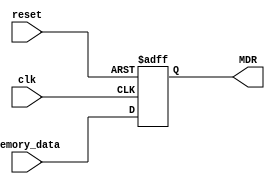
module MemoryDataRegister (
    input wire clk,
    input wire reset,
    input wire [31:0] memory_data,
    output reg [31:0] MDR
);

always @(posedge clk or posedge reset) begin
    if (reset) begin
        MDR <= 32'h0;
    end else begin
        MDR <= memory_data;
    end
end

endmodule